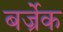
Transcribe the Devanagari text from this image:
बर्ज्रेक